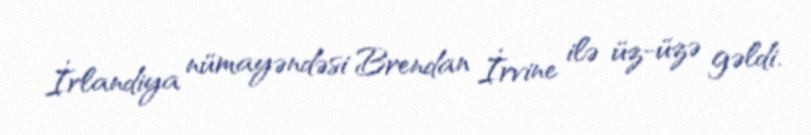
İrlandiya nümayəndəsi Brendan İrvine ilə üz-üzə gəldi.